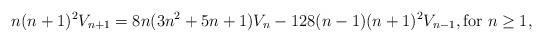
LaTeX: \begin{align*}n(n+1)^2 V_{n+1}=8n(3n^2+5n+1)V_n-128(n-1)(n+1)^2V_{n-1}, \mbox{for }n\geq 1,\end{align*}